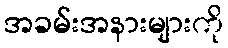
အခမ်းအနားများကို